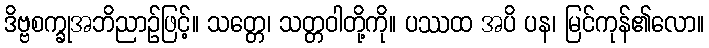
ဒိဗ္ဗစက္ခုအဘိညာဉ်ဖြင့်။ သတ္တေ၊ သတ္တဝါတို့ကို။ ပဿထ အပိ ပန၊ မြင်ကုန်၏လော။